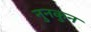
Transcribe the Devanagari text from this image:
नुनकुन